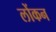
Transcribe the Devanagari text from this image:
लोंकन